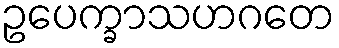
ဥပေက္ခာသဟဂတေ